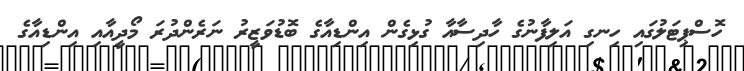
ހޮސްޕިޓަލުގައި ހިނގި އަލިފާނުގެ ހާދިސާއާ ގުޅިގެން އިންޑިއާގެ ބޮޑުވަޒީރު ނަރެންދުރަ މޯދީއާއި އިންޑިއާގެ